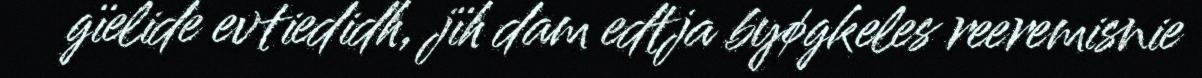
gïelide evtiedidh, jïh dam edtja byøgkeles reeremisnie